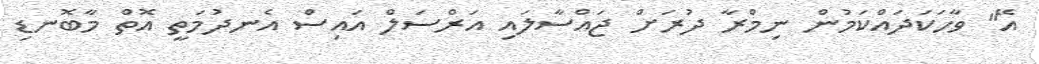
އޭ" ވާހަކަދައްކަމުން ނިމްރާ ދުރަށް ޖައްސާލައި އަރްސަލް އައިސް އެނދުމަތީ އޮތް މާބޮނޑި